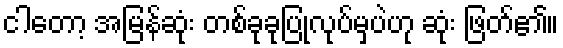
ငါတော့ အမြန်ဆုံး တစ်ခုခုပြုလုပ်မှပဲဟု ဆုံး ဖြတ်၏။